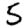
Digit: 5